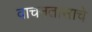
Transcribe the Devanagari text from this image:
वाचनतासाचे